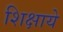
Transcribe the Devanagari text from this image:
शिक्षाये